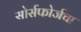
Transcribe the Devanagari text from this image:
सोर्सफोर्जचा